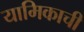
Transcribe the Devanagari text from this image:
यामिकाची